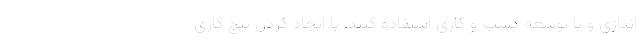
اندازی و یا توسعه کسب و کاری استفاده کنند، با ایجاد کردن پیج کاری